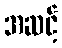
အဆင့်